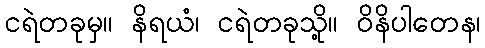
ငရဲတခုမှ။ နိရယံ၊ ငရဲတခုသို့။ ဝိနိပါတေန၊